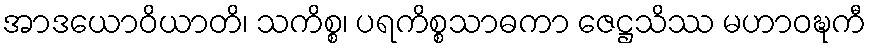
အာဒယောဝိယာတိ၊ သကိစ္စ၊ ပရကိစ္စသာဓကာ ဇေဋ္ဌသိဿ မဟာဝဍ္ဎကီ